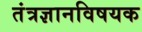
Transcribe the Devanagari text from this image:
तंत्रज्ञानविषयक